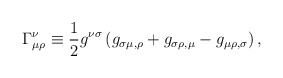
\begin{align*}\Gamma_{\mu\rho}^\nu \equiv {1\over 2}g^{\nu\sigma}\left( g_{\sigma\mu ,\rho} + g_{\sigma\rho ,\mu} - g_{\mu\rho,\sigma}\right),\end{align*}